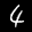
Label: 4